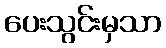
ပေးသွင်းမှသာ